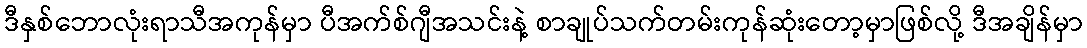
ဒီနှစ်ဘောလုံးရာသီအကုန်မှာ ပီအက်စ်ဂျီအသင်းနဲ့ စာချုပ်သက်တမ်းကုန်ဆုံးတော့မှာဖြစ်လို့ ဒီအချိန်မှာ